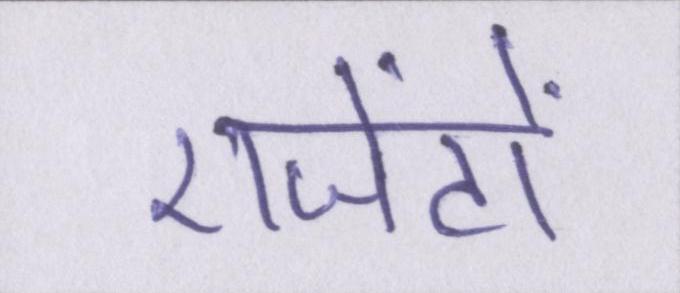
एजेंटों